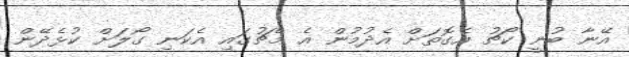
އޭނާ ބުނީ ކޯޗު އެގޮތަށް އެދުމުން އެ މެޗުގައި އެކަނި ގޯލަށް ކުޅެދޭން